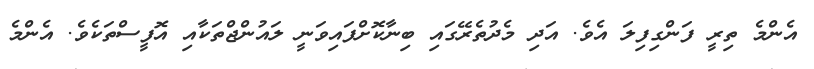
އެންމެ ތިރީ ފަންގިފިލަ އެވެ. އަދި މެދުތެރޭގައި ބިނާކޮށްފައިވަނީ ލައުންޖްތަކާއި އޮފީސްތަކެވެ. އެންމެ